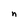
Character: n